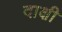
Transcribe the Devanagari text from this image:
दाक्षी